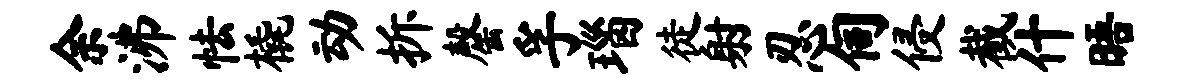
余沸怯橇动拆罄孚瑙徒射忍伺侵截什晤